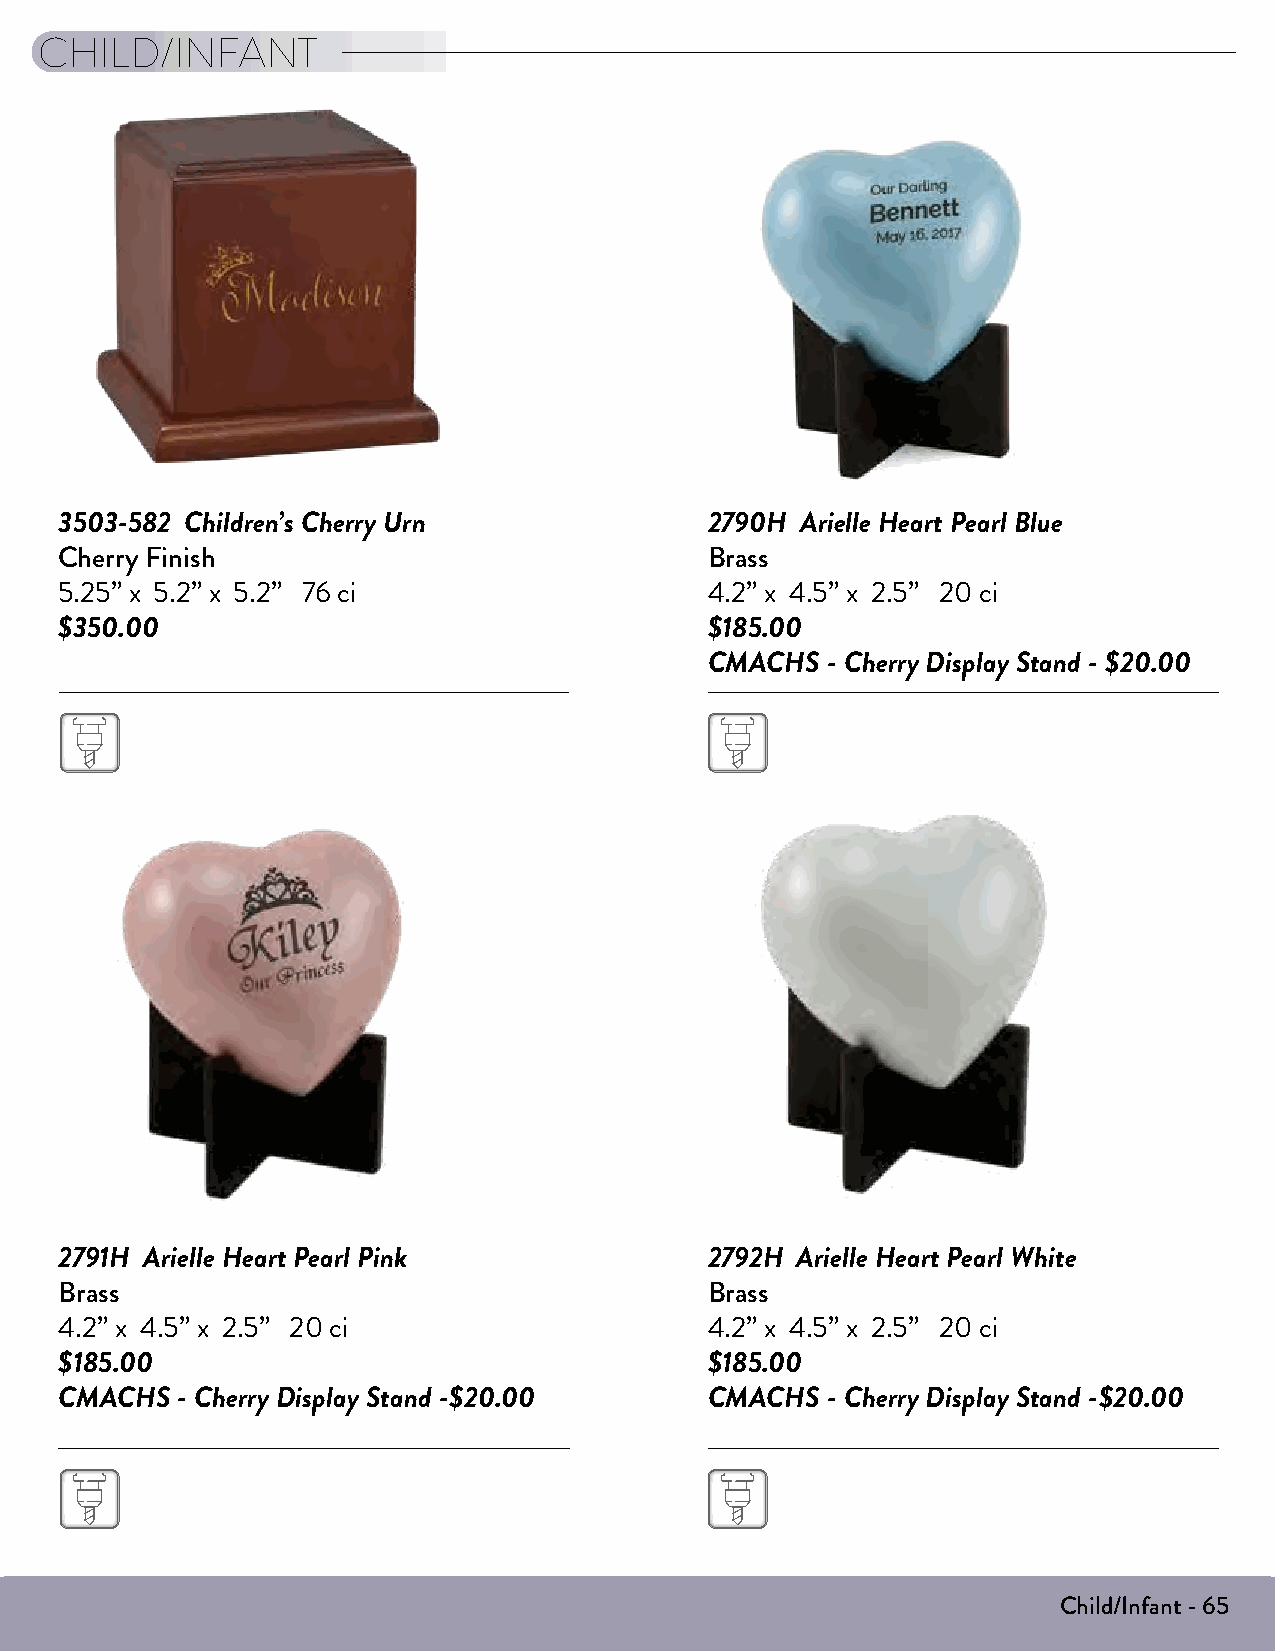
CHILD/INFANT
 3503-582 Children’s Cherry Urn             2790H Arielle Heart Pearl Blue
 Cherry Finish                              Brass
 5.25” x 5.2” x 5.2” 76 ci                  4.2” x 4.5” x 2.5” 20 ci
 $350.00                                    $185.00
 CMACHS  - Cherry Display Stand - $20.00
 2791H Arielle Heart Pearl Pink             2792H Arielle Heart Pearl White
 Brass                                      Brass
 4.2” x 4.5” x 2.5” 20 ci                   4.2” x 4.5” x 2.5” 20 ci
 $185.00                                    $185.00
 CMACHS  - Cherry Display Stand -$20.00     CMACHS  - Cherry Display Stand -$20.00
 Child/Infant - 65